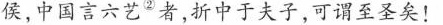
侯，中国言六艺^{②}者，折中于夫子，可谓至圣矣！